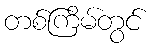
တစ်ကြိမ်တွင်